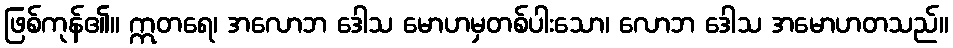
ဖြစ်ကုန်၏။ ဣတရေ၊ အလောဘ ဒေါသ မောဟမှတစ်ပါးသော၊ လောဘ ဒေါသ အမောဟတသည်။